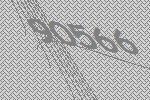
90566